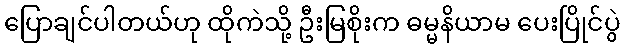
ပြောချင်ပါတယ်ဟု ထိုကဲသို့ ဦးမြစိုးက ဓမ္မနိယာမ ပေးပြိုင်ပွဲ